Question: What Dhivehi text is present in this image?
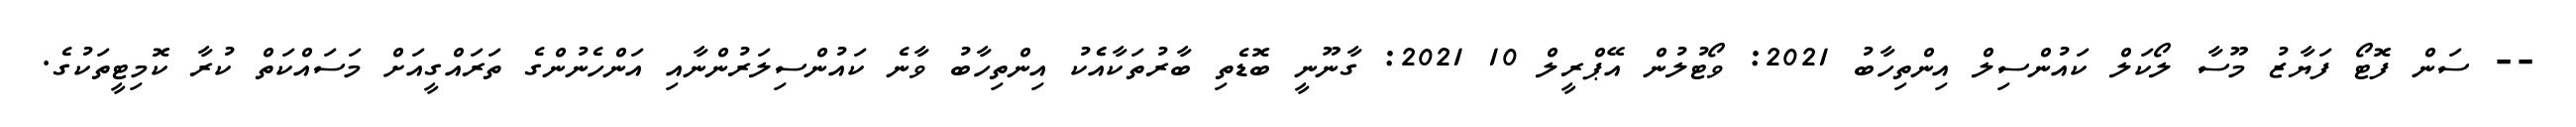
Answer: -- ސަން ފޮޓޯ ފަޔާޒު މޫސާ ލޯކަލް ކައުންސިލް އިންތިހާބު 2021: ވޯޓުލުން އޭޕްރީލް 10 2021: ގާނޫނީ ބޮޑެތި ބާރުތަކާއެެކު އިންތިހާބު ވާނެ ކައުންސިލަރުންނާއި އަންހެނުންގެ ތަރައްގީއަށް މަސައްކަތް ކުރާ ކޮމިޓީތަކުގެ.